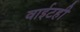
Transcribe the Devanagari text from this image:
वाईटही